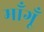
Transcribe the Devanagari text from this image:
माँगूँ